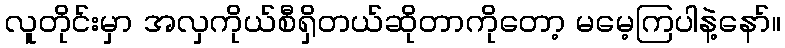
လူတိုင်းမှာ အလှကိုယ်စီရှိတယ်ဆိုတာကိုတော့ မမေ့ကြပါနဲ့နော်။